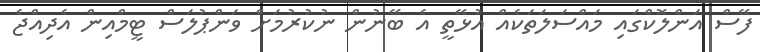
ފޭސް އަންލޮކްގައި މައްސަލަތަކެއް އުޅޭތީ އެ ބޭނުން ނުކުރުމަށް ވަންޕުލަސް ޓީމްއިން އެދިއްޖެ